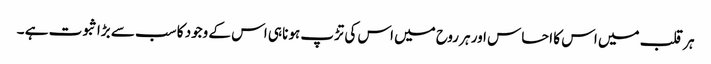
ہر قلب میں اس کا احساس اور ہر روح میں اس کی تڑپ ہونا ہی اس کے وجود کا سب سے بڑا ثبوت ہے ۔